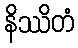
နိဿိတံ